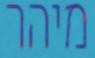
מיהר